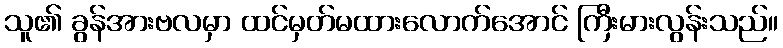
သူ၏ ခွန်အားဗလမှာ ထင်မှတ်မထားလောက်အောင် ကြီးမားလွန်းသည်။